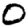
Digit: 0